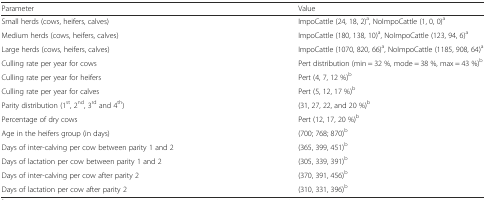
<table><thead><tr><td><b>Parameter</b></td><td><b>Value</b></td></tr></thead><tbody><tr><td>Small herds (cows, heifers, calves)</td><td>ImpoCattle (24, 18, 2)<sup>a</sup>, NoImpoCattle (1, 0, 0)<sup>a</sup></td></tr><tr><td>Medium herds (cows, heifers, calves)</td><td>ImpoCattle (180, 138, 10)<sup>a</sup>, NoImpoCattle (123, 94, 6)<sup>a</sup></td></tr><tr><td>Large herds (cows, heifers, calves)</td><td>ImpoCattle (1070, 820, 66)<sup>a</sup>, NoImpoCattle (1185, 908, 64)<sup>a</sup></td></tr><tr><td>Culling rate per year for cows</td><td>Pert distribution (min = 32 %, mode = 38 %, max = 43 %)<sup>b</sup></td></tr><tr><td>Culling rate per year for heifers</td><td>Pert (4, 7, 12 %)<sup>b</sup></td></tr><tr><td>Culling rate per year for calves</td><td>Pert (5, 12, 17 %)<sup>b</sup></td></tr><tr><td>Parity distribution (1<sup>st</sup>, 2<sup>nd</sup>, 3<sup>rd</sup> and 4<sup>th</sup>)</td><td>(31, 27, 22, and 20 %)<sup>b</sup></td></tr><tr><td>Percentage of dry cows</td><td>Pert (12, 17, 20 %)<sup>b</sup></td></tr><tr><td>Age in the heifers group (in days)</td><td>(700; 768; 870)<sup>b</sup></td></tr><tr><td>Days of inter-calving per cow between parity 1 and 2</td><td>(365, 399, 451)<sup>b</sup></td></tr><tr><td>Days of lactation per cow between parity 1 and 2</td><td>(305, 339, 391)<sup>b</sup></td></tr><tr><td>Days of inter-calving per cow after parity 2</td><td>(370, 391, 456)<sup>b</sup></td></tr><tr><td>Days of lactation per cow after parity 2</td><td>(310, 331, 396)<sup>b</sup></td></tr></tbody></table>